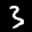
Label: 3